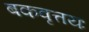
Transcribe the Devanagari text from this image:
बकवृत्तयः